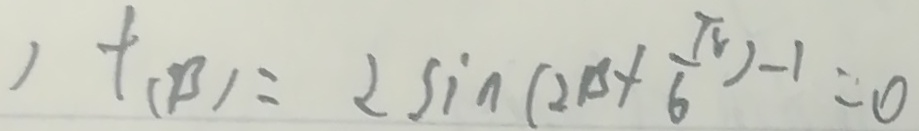
, f ( B ) = 2 \sin ( 2 B + \frac { \pi } { 6 } ) - 1 = 0